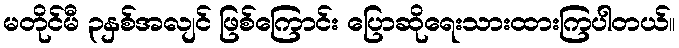
မတိုင်မီ ၃နှစ်အလျင် ဖြစ်ကြောင်း ပြောဆိုရေးသားထားကြပါတယ်။